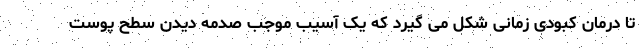
تا درمان کبودی زمانی شکل می گیرد که یک آسیب موجب صدمه دیدن سطح پوست